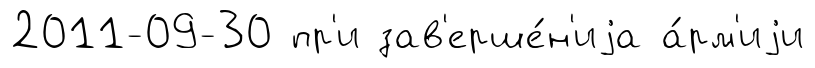
2011-09-30 пр'и зав'ерше́н'иjа а́рм'иjи